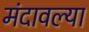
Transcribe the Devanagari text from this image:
मंदावल्या